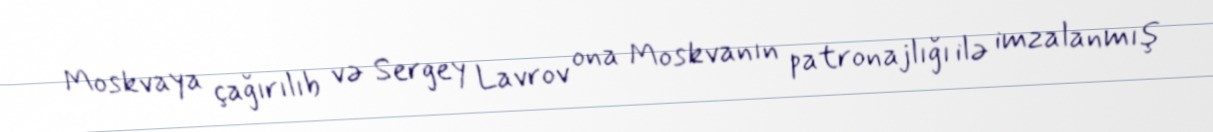
Moskvaya çağırılıb və Sergey Lavrov ona Moskvanın patronajlığı ilə imzalanmış